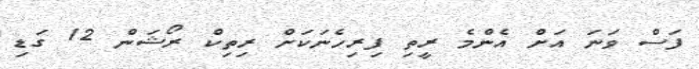
ފަސް ވަނަ އަށް އެންމެ ރީތި ފިރިހެނަކަށް ރިތިކް ރޯޝަން 12 ގަޑި